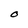
Character: O